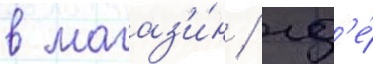
в магаз'и́н / гд'е́